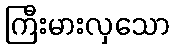
ကြီးမားလှသော